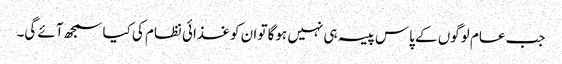
جب عام لوگوں کے پاس پیسہ ہی نہیں ہوگا تو ان کو غذائی نظام کی کیا سمجھ آئے گی۔